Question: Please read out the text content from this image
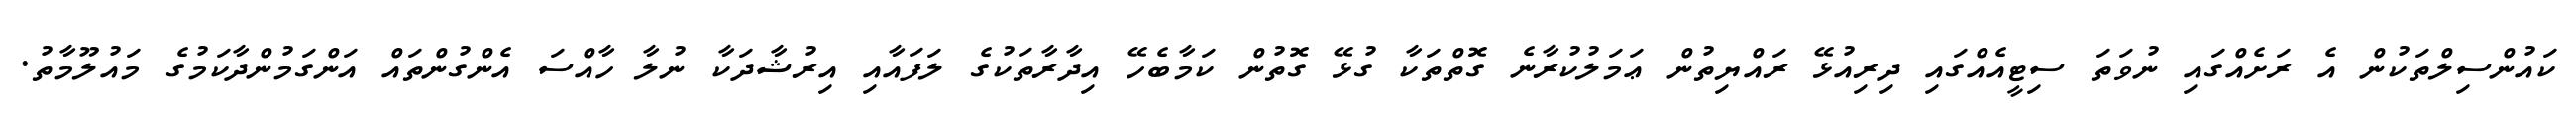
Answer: ކައުންސިލްތަކުން އެ ރަށެއްގައި ނުވަތަ ސިޓީއެއްގައި ދިރިއުޅޭ ރައްޔިތުން ޢަމަލުކުރާނެ ގޮތްތަކާ ގުޅޭ ގޮތުން ކަމާބެހޭ އިދާރާތަކުގެ ލަފައާއި އިރުޝާދަކާ ނުލާ ހާއްސަ އެންގުންތައް އަންގަމުންދާކަމުގެ މައުލޫމާތު.